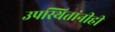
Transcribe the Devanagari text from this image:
उपस्थितांनीही